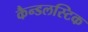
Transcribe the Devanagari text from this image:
कैन्डलस्टिक